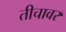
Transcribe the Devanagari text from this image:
तीचावर